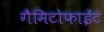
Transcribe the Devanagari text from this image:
गैमिटोफाईट